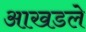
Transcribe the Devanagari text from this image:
आखडले